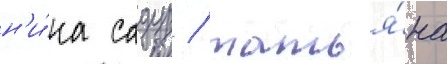
н'и́на садур / татья́на